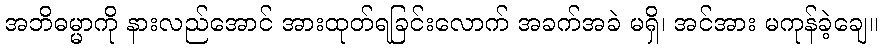
အဘိဓမ္မာကို နားလည်အောင် အားထုတ်ရခြင်းလောက် အခက်အခဲ မရှိ၊ အင်အား မကုန်ခဲ့ချေ။